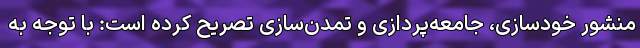
منشور خودسازی، جامعه‌پردازی و تمدن‌سازی تصریح کرده است: با توجه به